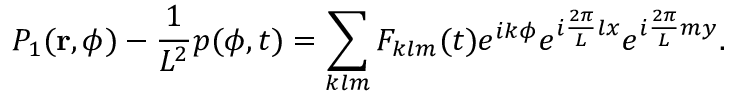
P _ { 1 } ( \mathbf { r } , \phi ) - \frac { 1 } { L ^ { 2 } } p ( \phi , t ) = \sum _ { k l m } F _ { k l m } ( t ) e ^ { i k \phi } e ^ { i \frac { 2 \pi } { L } l x } e ^ { i \frac { 2 \pi } { L } m y } .